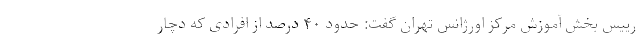
رییس بخش آموزش مرکز اورژانس تهران گفت: حدود ۴٠ درصد از افرادی که دچار